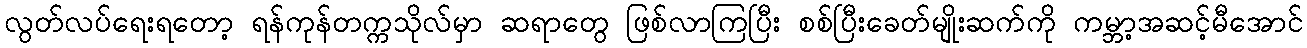
လွတ်လပ်ရေးရတော့ ရန်ကုန်တက္ကသိုလ်မှာ ဆရာတွေ ဖြစ်လာကြပြီး စစ်ပြီးခေတ်မျိုးဆက်ကို ကမ္ဘာ့အဆင့်မီအောင်